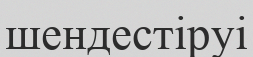
шендестіруі